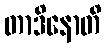
တာဒိနောတိ